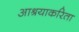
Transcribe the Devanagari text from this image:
आश्रयाकरिता